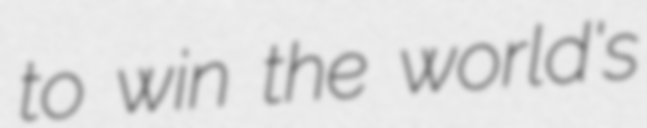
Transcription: to win the world's